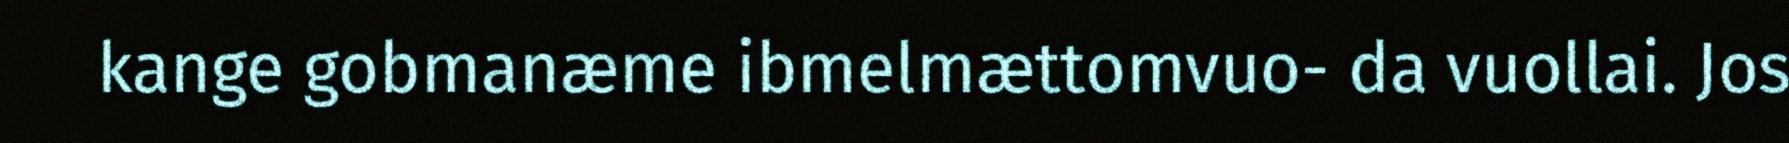
kange gobmanæme ibmelmættomvuo- da vuollai. Jos